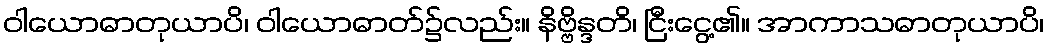
ဝါယောဓာတုယာပိ၊ ဝါယောဓာတ်၌လည်း။ နိဗ္ဗိန္ဒတိ၊ ငြီးငွေ့၏။ အာကာသဓာတုယာပိ၊